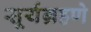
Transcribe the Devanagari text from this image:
सूर्यग्रहणे